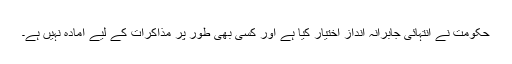
حکومت نے انتہائی جابرانہ انداز اختیار کیا ہے اور کسی بھی طور پر مذاکرات کے لیے آمادہ نہیں ہے۔